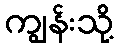
ကျွန်းသို့